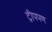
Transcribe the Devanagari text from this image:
ट्रीपपण